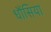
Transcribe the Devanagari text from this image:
धौंसिया